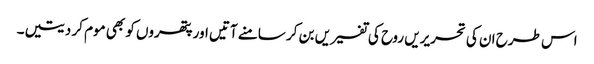
اس طرح ان کی تحریریں روح کی تفسیریں بن کر سامنے آتیں اور پتھروں کو بھی موم کر دیتیں۔